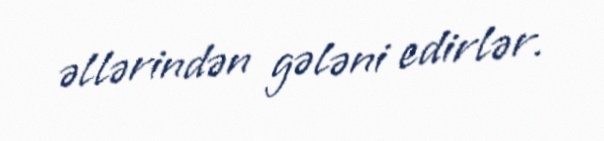
əllərindən gələni edirlər.